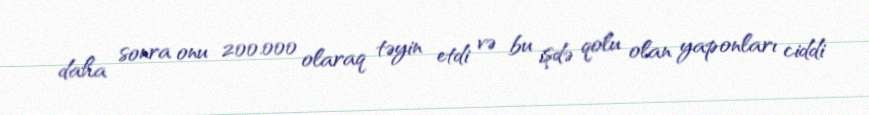
daha sonra onu 200.000 olaraq təyin etdi və bu işdə qolu olan yaponları ciddi